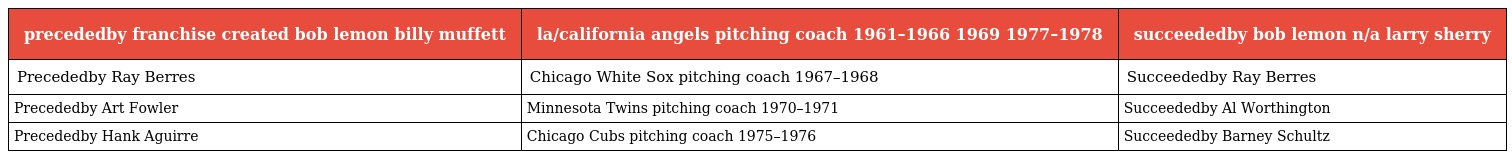
| precededby franchise created bob lemon billy muffett | la/california angels pitching coach 1961–1966 1969 1977–1978 | succeededby bob lemon n/a larry sherry |
 | --- | --- | --- |
 | Precededby Ray Berres | Chicago White Sox pitching coach 1967–1968 | Succeededby Ray Berres |
 | Precededby Art Fowler | Minnesota Twins pitching coach 1970–1971 | Succeededby Al Worthington |
 | Precededby Hank Aguirre | Chicago Cubs pitching coach 1975–1976 | Succeededby Barney Schultz |